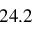
2 4 . 2